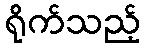
ရိုက်သည့်